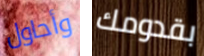
وأحاول بقدومك